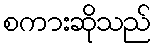
စကားဆိုသည်